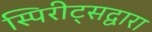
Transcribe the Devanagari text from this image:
स्पिरीट्सद्वारा